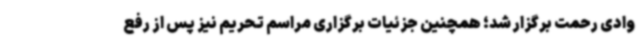
وادی رحمت برگزار شد؛ همچنین جزئیات برگزاری مراسم تحریم نیز پس از رفع